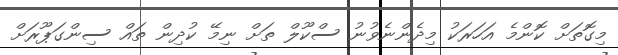
މިގޮތަށް ކޮންމެ އަހަރަކު މިދެންނެވުނު ސްކޫލް ތަށް ނިމޭ ކުދިން ތައް ސިންގަޕޫރަށް